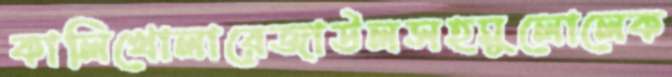
কালিখোলারেজাউলসহমুলোলেক